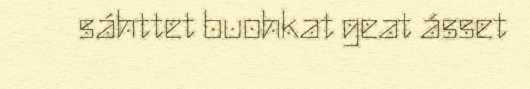
sáhttet buohkat geat ásset